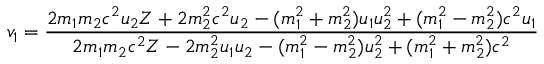
v _ { 1 } = { \frac { 2 m _ { 1 } m _ { 2 } c ^ { 2 } u _ { 2 } Z + 2 m _ { 2 } ^ { 2 } c ^ { 2 } u _ { 2 } - ( m _ { 1 } ^ { 2 } + m _ { 2 } ^ { 2 } ) u _ { 1 } u _ { 2 } ^ { 2 } + ( m _ { 1 } ^ { 2 } - m _ { 2 } ^ { 2 } ) c ^ { 2 } u _ { 1 } } { 2 m _ { 1 } m _ { 2 } c ^ { 2 } Z - 2 m _ { 2 } ^ { 2 } u _ { 1 } u _ { 2 } - ( m _ { 1 } ^ { 2 } - m _ { 2 } ^ { 2 } ) u _ { 2 } ^ { 2 } + ( m _ { 1 } ^ { 2 } + m _ { 2 } ^ { 2 } ) c ^ { 2 } } }